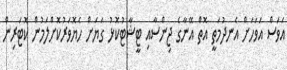
އަވަސް އަވަހަށް އެނދުމަތީ އޮތް އޭނާގެ ޖިންސާއި ޓީޝާޓުކޮޅު ގަޔަށް ހެޔޮވަރުކޮށްލަމުން ކޮޓަރިން